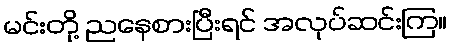
မင်းတို့ ညနေစားပြီးရင် အလုပ်ဆင်းကြ။